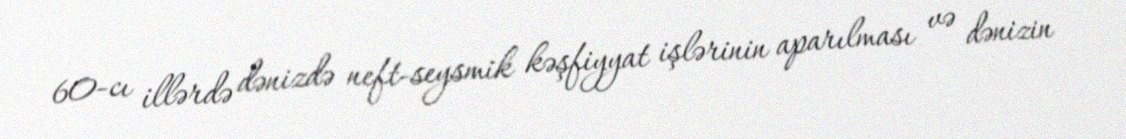
60-cı illərdə dənizdə neft-seysmik kəşfiyyat işlərinin aparılması və dənizin